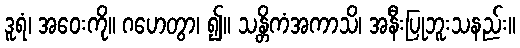
ဒူရံ၊ အဝေးကို။ ဂဟေတွာ၊ ၍။ သန္တိကံအကာသိ၊ အနီးပြုဘူးသနည်း။